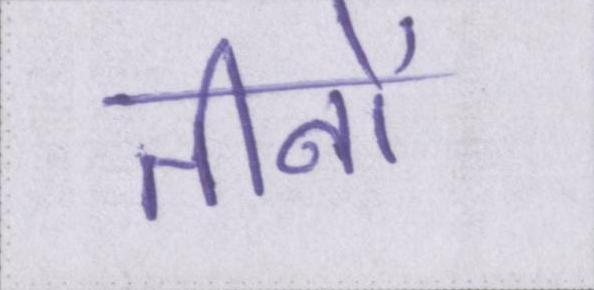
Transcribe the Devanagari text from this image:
तीनों